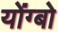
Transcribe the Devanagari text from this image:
योंग्बो